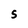
Character: 5